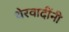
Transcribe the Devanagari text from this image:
थेरवादींनी